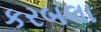
કરબલા